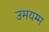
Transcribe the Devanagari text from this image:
उमयम्म